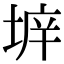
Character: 𡍔